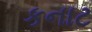
કનાટ